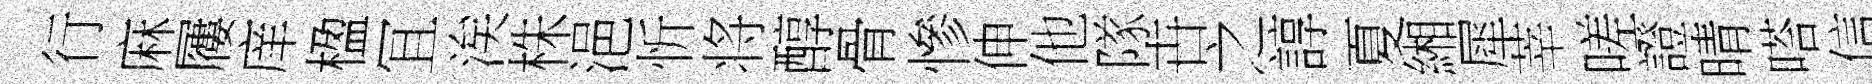
行麻屨庠楹冝涘株浥忻将醇骨慘伸他隊卋之諄夏緗犀莘嗟證晴嗒信妍